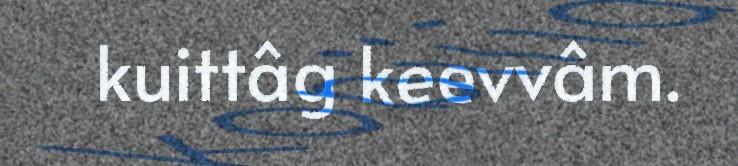
kuittâg keevvâm.